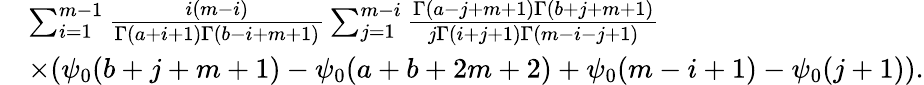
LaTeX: \begin{array}{rl}{\! \! \! \! \! \! \! \! \! \! \! \! \! \! \! \! }&{\sum_{i=1}^{m-1}\frac{i(m-i)}{\Gamma(a+i+1)\Gamma(b-i+m+1)}\sum_{j=1}^{m-i}\frac{\Gamma(a-j+m+1)\Gamma(b+j+m+1)}{j\Gamma(i+j+1)\Gamma(m-i-j+1)}}\\ {\! \! \! \! \! \! \! \! \! \! \! \! \! \! \! \! }&{\times(\psi_{0}(b+j+m+1)-\psi_{0}(a+b+2m+2)+\psi_{0}(m-i+1)-\psi_{0}(j+1)).}\end{array}